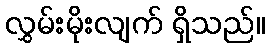
လွှမ်းမိုးလျက် ရှိသည်။